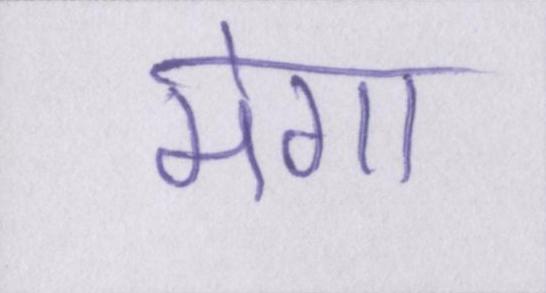
मेगा